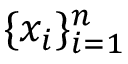
\{ x _ { i } \} _ { i = 1 } ^ { n }